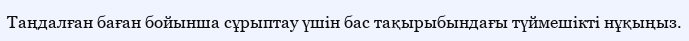
Таңдалған баған бойынша сұрыптау үшін бас тақырыбындағы түймешікті нұқыңыз.